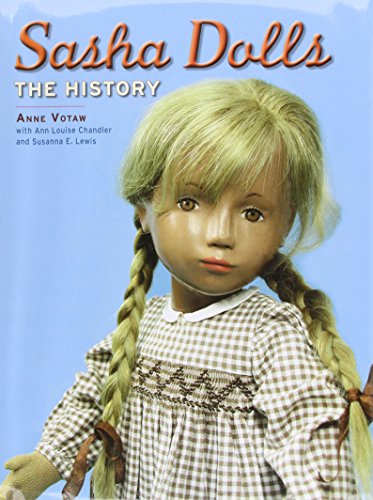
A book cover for Sasha Dolls: The History; Anne Votaw; Crafts, Hobbies & Home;